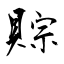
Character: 賩